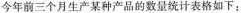
今年前三个月生产某种产品的数量统计表格如下：